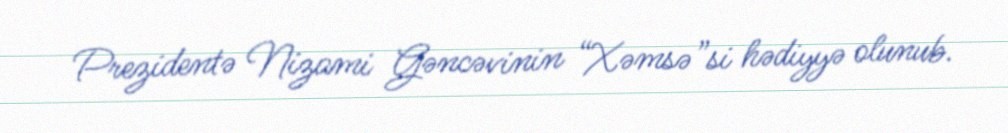
Prezidentə Nizami Gəncəvinin “Xəmsə”si hədiyyə olunub.